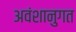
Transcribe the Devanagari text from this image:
अवंशानुगत